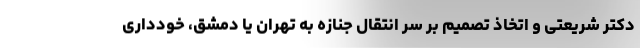
دکتر شریعتی و اتخاذ تصمیم بر سر انتقال جنازه به تهران یا دمشق، خودداری